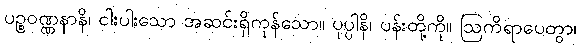
ပဉ္စဝဏ္ဏနာနိ၊ ငါးပါးသော အဆင်းရှိကုန်သော။ ပုပ္ပါနိ၊ ပန်းတို့ကို။ ဩကိရာပေတွာ၊